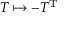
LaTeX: T \mapsto - T ^ { \mathrm { T } }